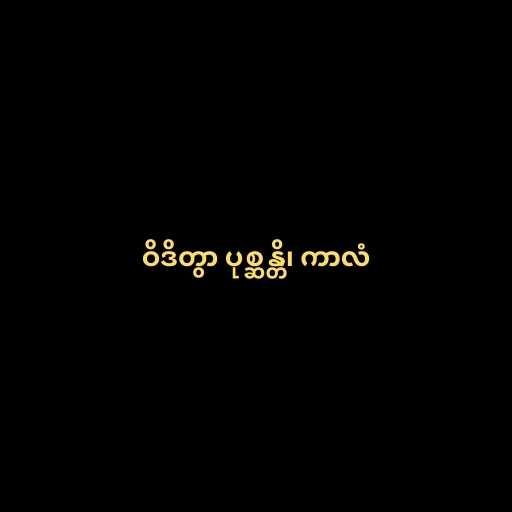
ဝိဒိတွာ ပုစ္ဆန္တိ၊ ကာလံ